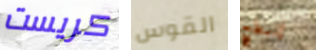
كريست القوس إنبطح